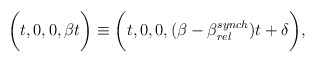
\begin{align*}\bigg(t,0,0,\beta t\bigg) \equiv\bigg(t,0,0, (\beta - \beta_{rel}^{synch}) t + \delta\bigg),\end{align*}